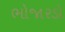
ભોજારડો